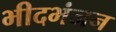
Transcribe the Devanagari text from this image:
भीदभंजन